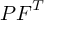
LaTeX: { \boldsymbol { P } } { \boldsymbol { F } } ^ { T }